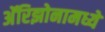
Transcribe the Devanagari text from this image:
अॅरिझोनामध्ये